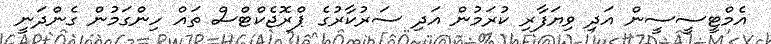
އެމްޓީސީސީން އަދި ވިޔަފާރި ކުރަމުން އަދި ސަރުކާރުގެ ޕްރޮޖެކްޓްސް ތައް ހިންގަމުން ގެންދަނީ